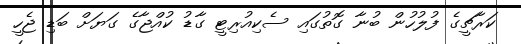
ކަރާޗީގެ ފުލުހުން ބުނާ ގޮތުގައި ސެކިއުރިޓީ ގާޑު ކުއްޖާގެ ގަޔަށް ބަޑި ޖެހީ